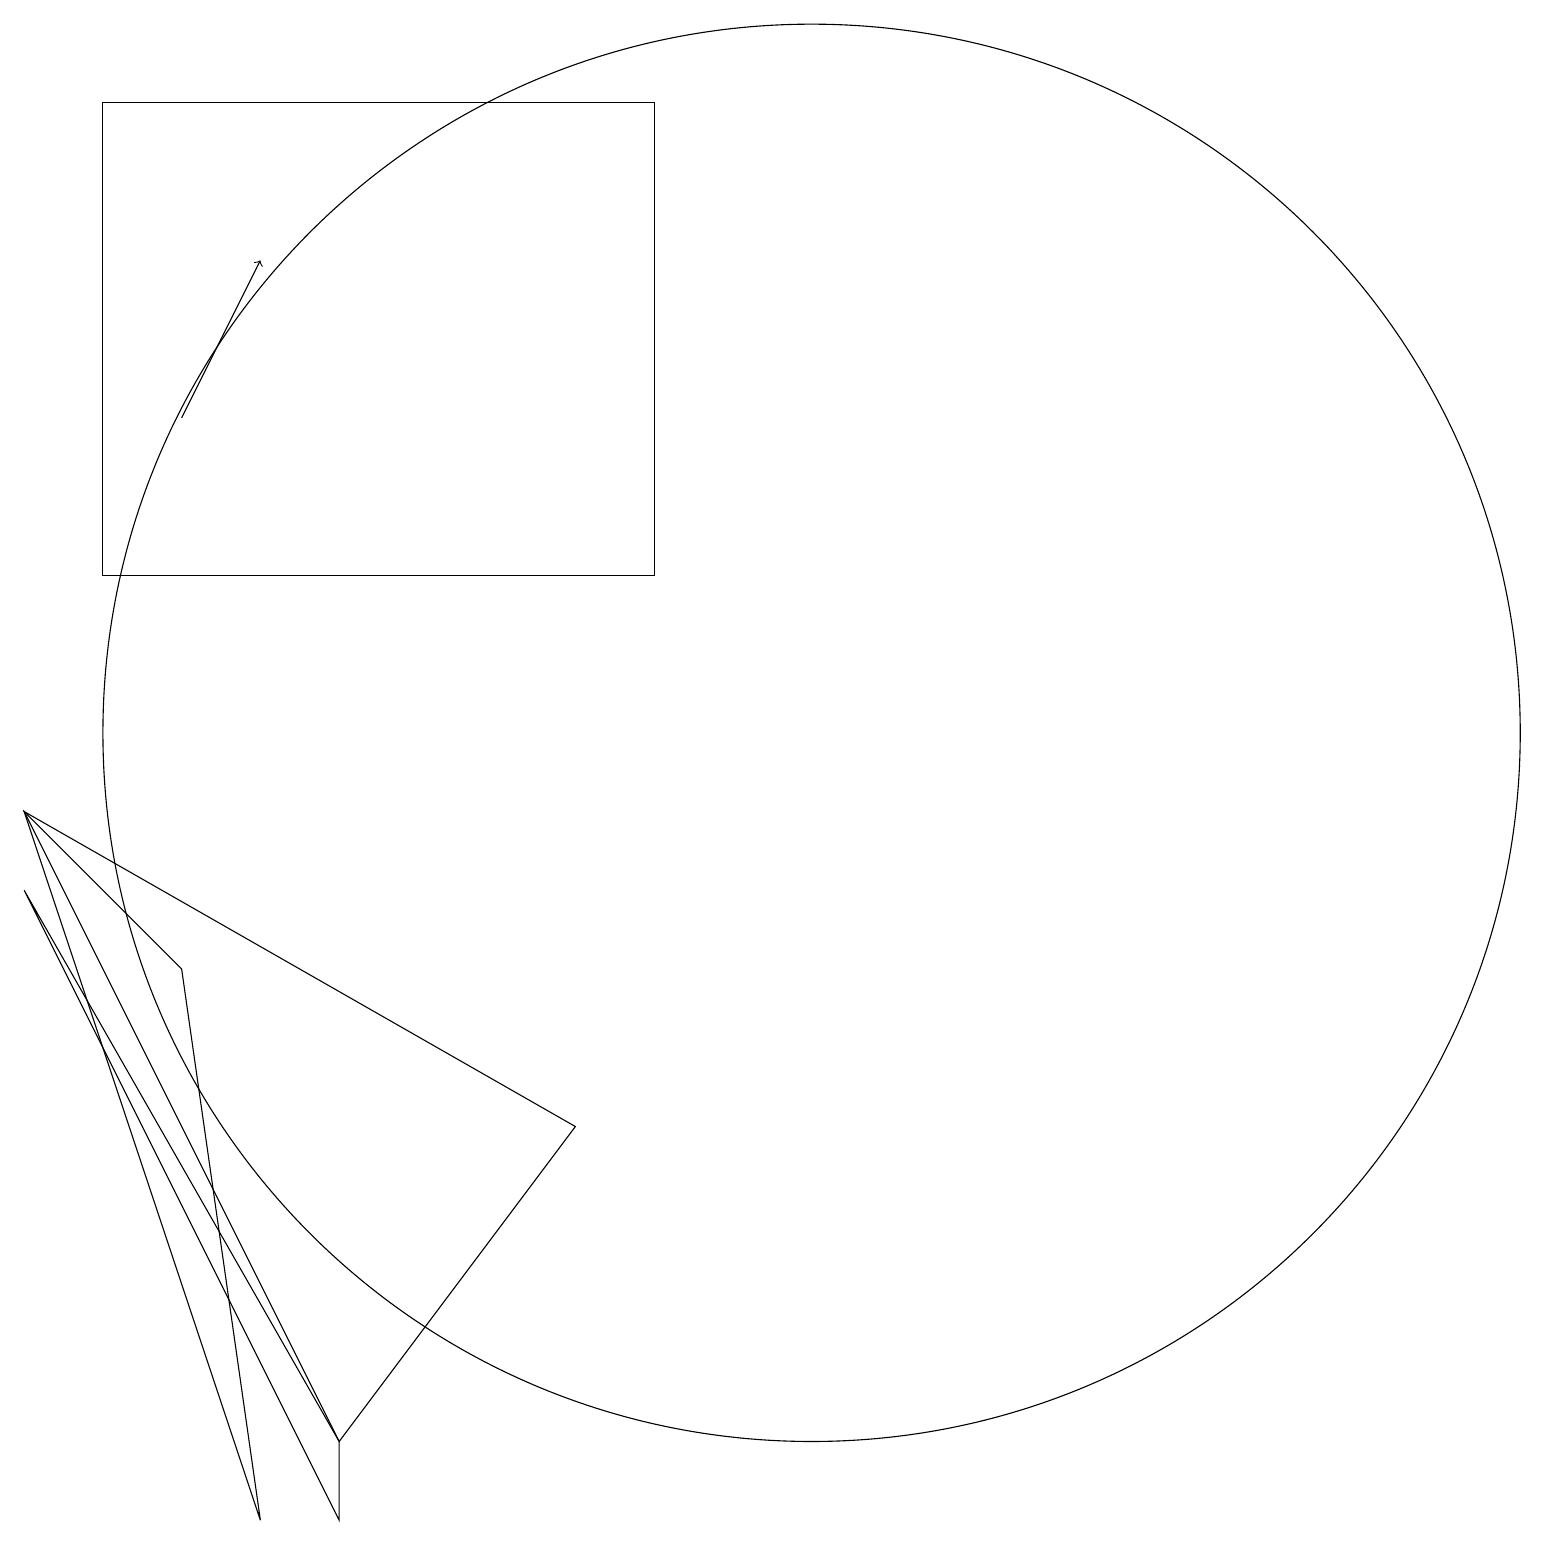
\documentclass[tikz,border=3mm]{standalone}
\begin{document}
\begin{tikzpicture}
\draw (8,12) rectangle (1,18);
\draw[->] (2,14) -- (3,16);
\draw (10,10) circle (9);
\draw (7,5) -- (4,1) -- (0,9) -- cycle;
\draw (4,1) -- (0,8) -- (4,0) -- cycle;
\draw (1,12) rectangle (4,12);
\draw (0,9) -- (2,7) -- (3,0) -- cycle;
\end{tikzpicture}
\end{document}